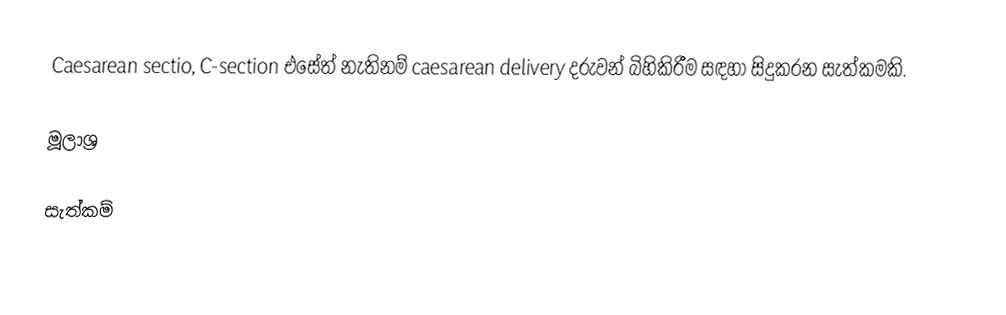
Caesarean sectio, C-section එසේත් නැතිනම් caesarean delivery දරුවන් බිහිකිරීම සඳහා සිදුකරන සැත්කමකි.

මූලාශ්‍ර

සැත්කම්